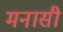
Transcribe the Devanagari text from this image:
मनासी